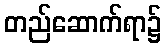
တည်ဆောက်ရာ၌